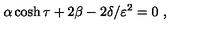
\alpha \cosh \tau + 2 \beta - 2 \delta / \varepsilon ^ { 2 } = 0 \ ,